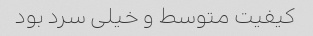
کیفیت متوسط و خیلی سرد بود